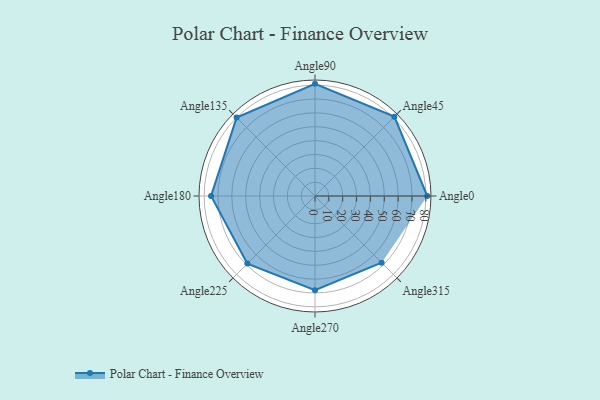
{"axis": {"x": "Angle", "y": "Radius"}, "legend": [""], "data": [{"x": "Angle0", "y": 81.0, "type": ""}, {"x": "Angle45", "y": 81.0, "type": ""}, {"x": "Angle90", "y": 81.0, "type": ""}, {"x": "Angle135", "y": 80.0, "type": ""}, {"x": "Angle180", "y": 75.0, "type": ""}, {"x": "Angle225", "y": 69.0, "type": ""}, {"x": "Angle270", "y": 68.0, "type": ""}, {"x": "Angle315", "y": 68.0, "type": ""}]}